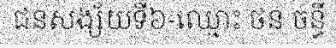
ជនសង្ស័យទី៦-ឈ្មោះ ថន ចន្ធី